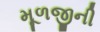
મૂળજીની